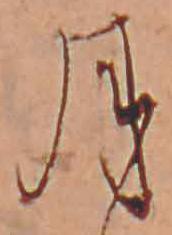
月